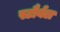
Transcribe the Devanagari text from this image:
स्टौर्बल